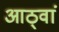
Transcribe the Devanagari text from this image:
आठ्वां